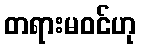
တရားမဝင်ဟု